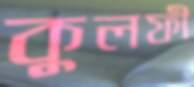
কুলফী